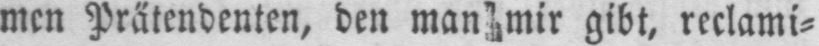
men Prätendenten, den man mir gibt, reclami⸗